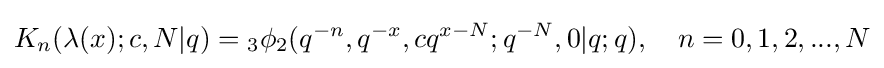
K_{n}(\lambda (x);c,N|q)={}_{3}\phi _{2}(q^{-n},q^{-x},cq^{x-N};q^{-N},0|q;q),\quad n=0,1,2,...,N